DOW-UAP-D3, Mission Report, Arabian Gulf, 2020
Agency: Department of War
Page 7
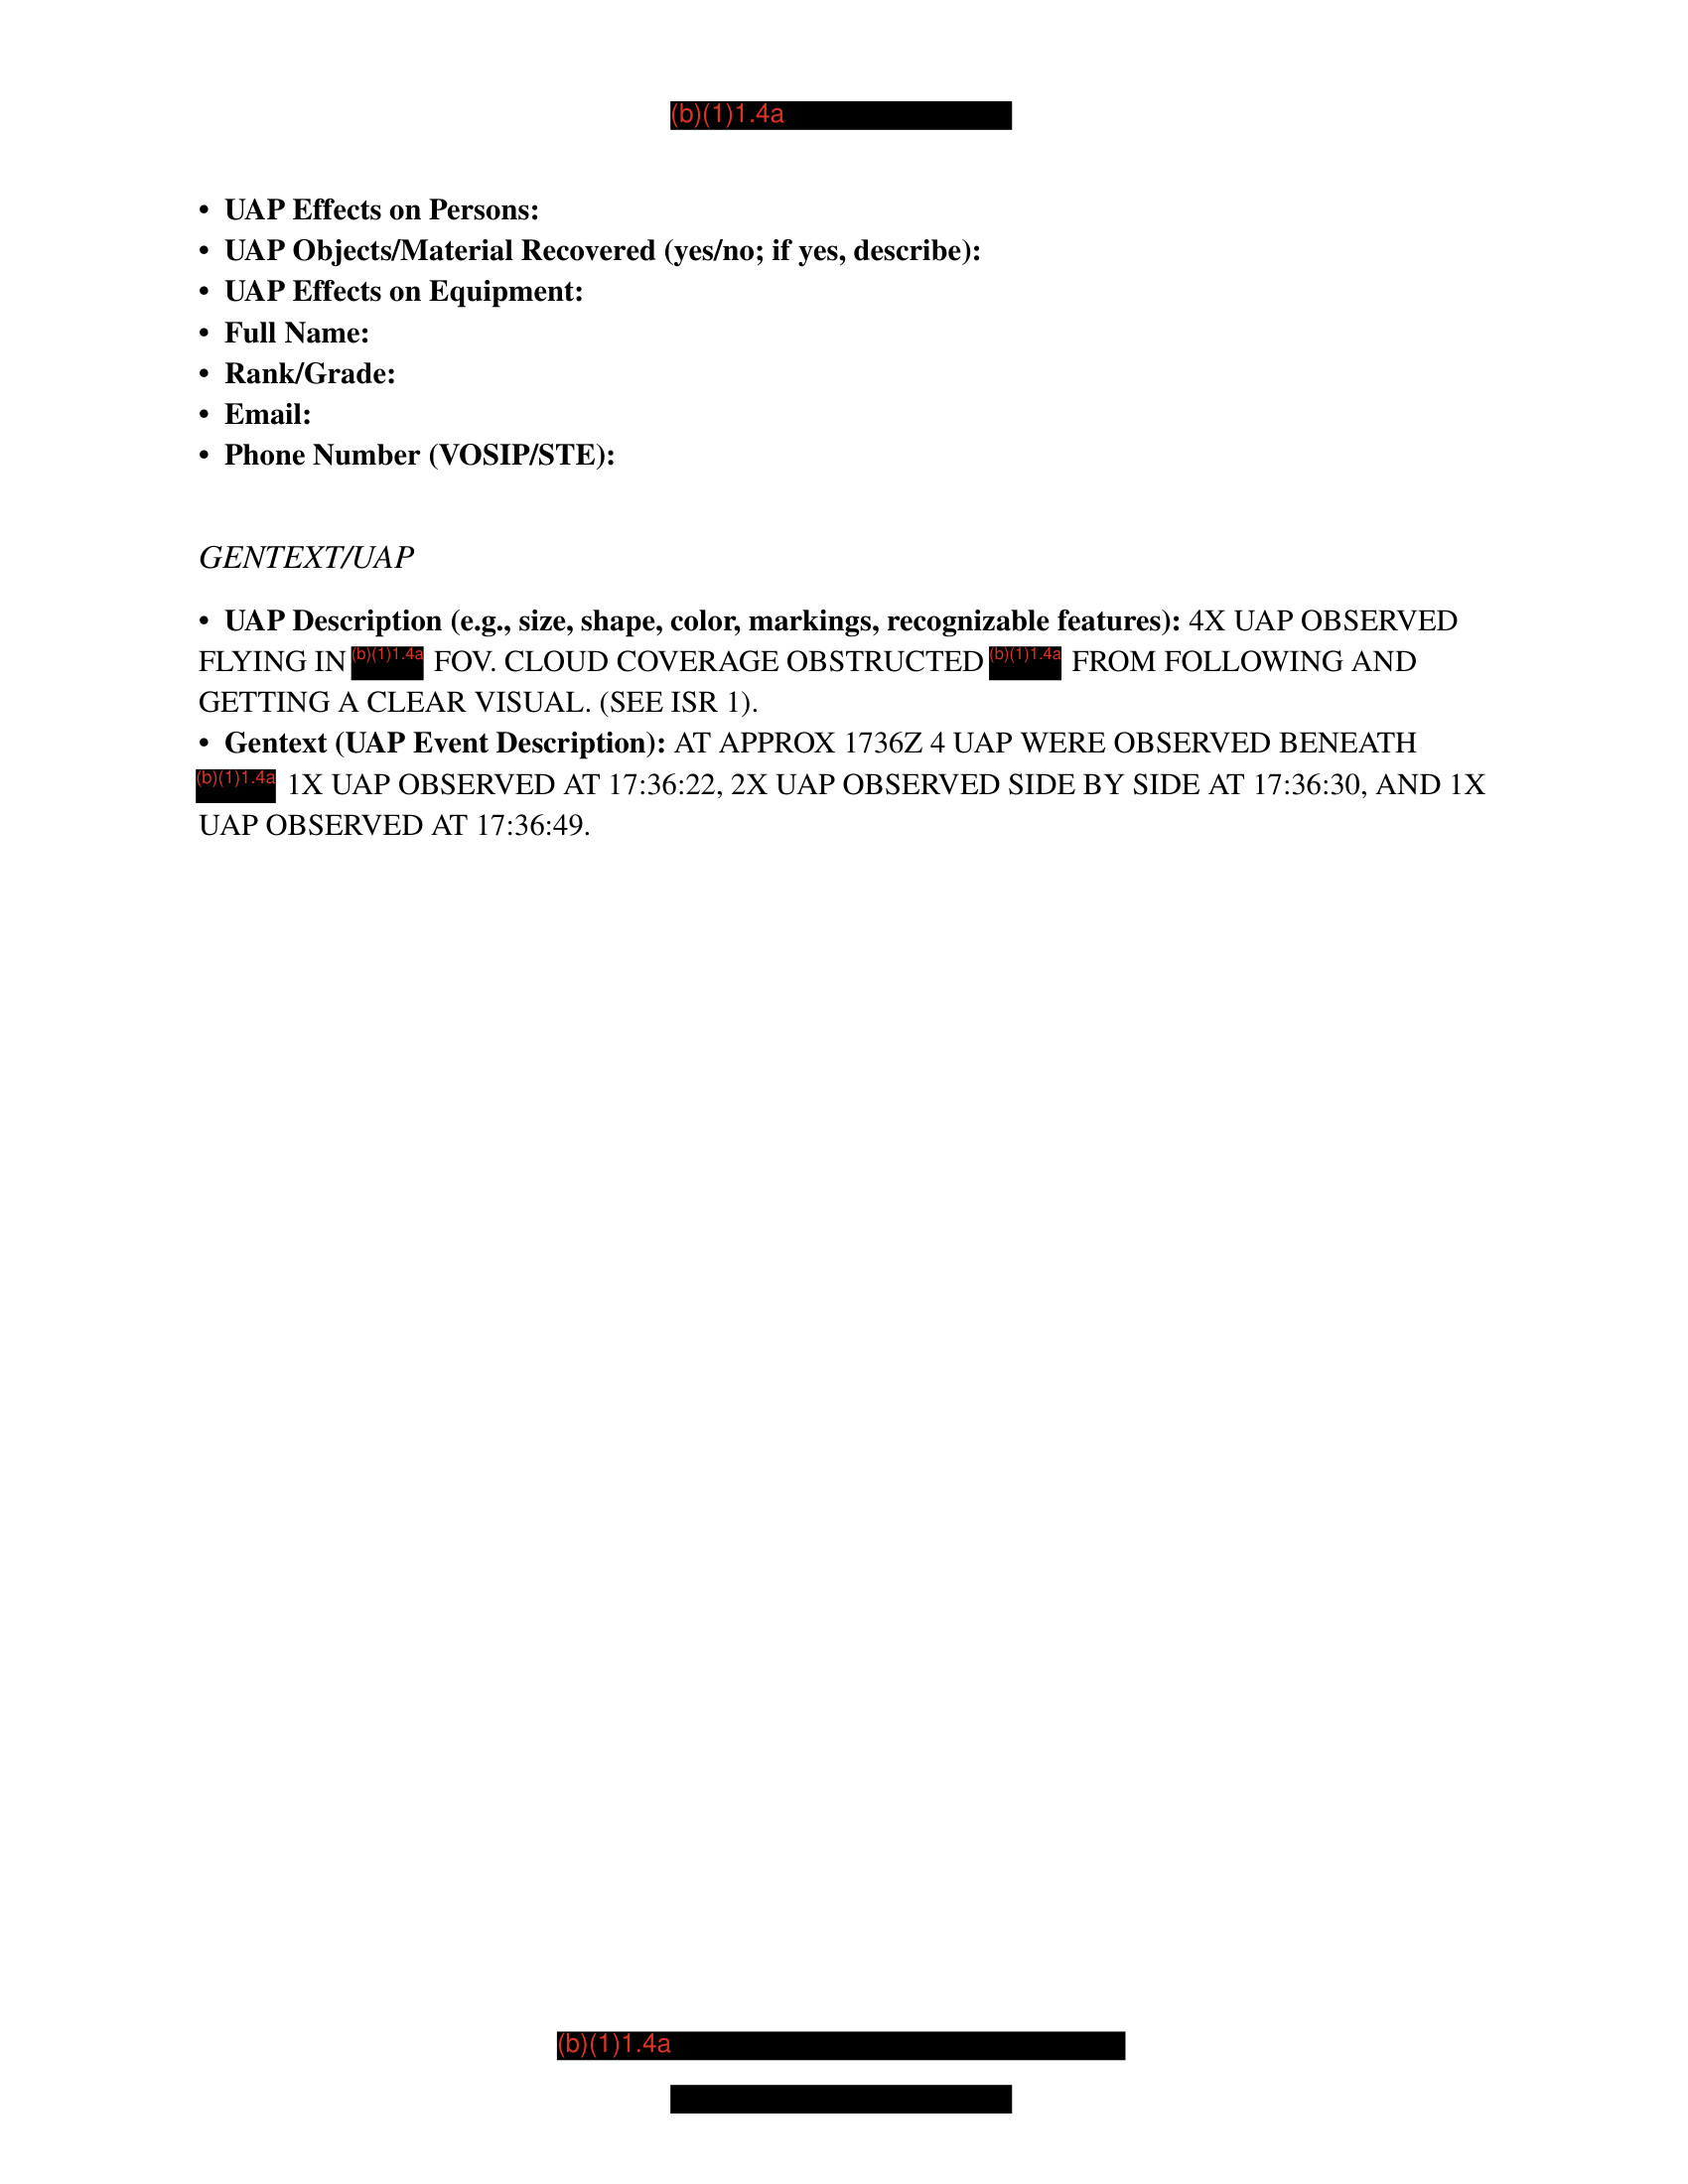